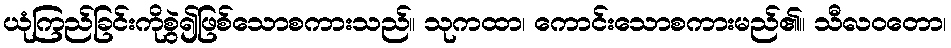
ယုံကြည်ခြင်းကိုစွဲ၍ဖြစ်သောစကားသည်။ သုကထာ၊ ကောင်းသောစကားမည်၏။ သီလဝတော၊